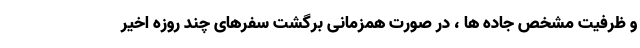
و ظرفیت مشخص جاده ها ، در صورت همزمانی برگشت سفرهای چند روزه اخیر